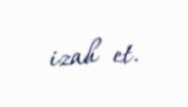
izah et.